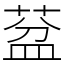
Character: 葐